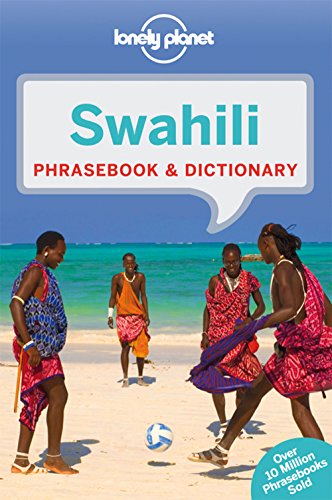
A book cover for Lonely Planet Swahili Phrasebook & Dictionary; Lonely Planet; Travel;